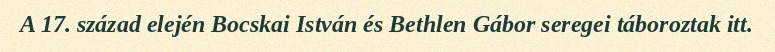
A 17. század elején Bocskai István és Bethlen Gábor seregei táboroztak itt.